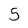
Character: 5